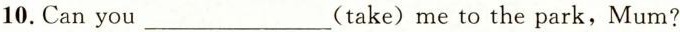
10.Can you___(take)me to the park, Mum?